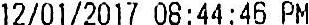
12/01/2017 08:44:46 PM